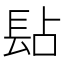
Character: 𨱬